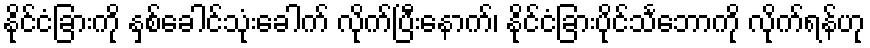
နိုင်ငံခြားကို နှစ်ခေါင်သုံးခေါက် လိုက်ပြီးနောက်၊ နိုင်ငံခြားပိုင်သင်္ဘောကို လိုက်ရန်ဟု